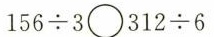
$$1 5 6 \div 3 \circ 3 1 2 \div 6$$